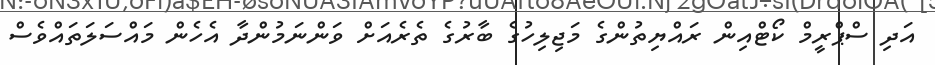
އަދި ސްޕްރީމް ކޯޓްއިން ރައްޔިތުންގެ މަޖިލިހުގެ ބާރުގެ ތެރެއަށް ވަންނަމުންދާ އެހެން މައްސަލަތައްވެސް